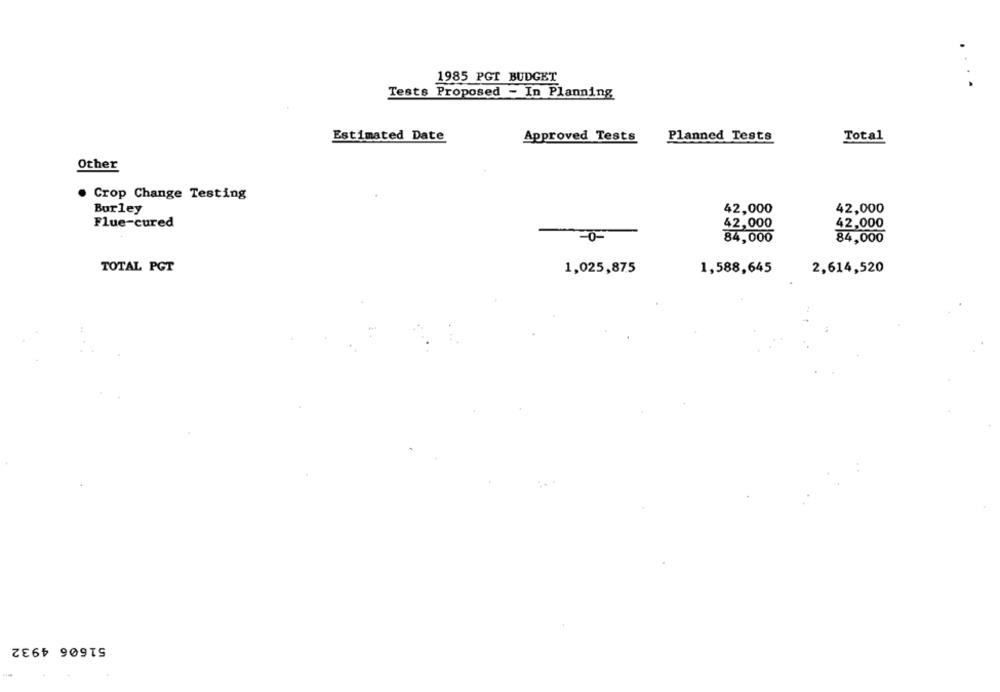
1985 PGT BUDGET
..
Tests Proposed - In Planning
Estimated Date
Approved Tests
Planned Tests
Total
Other
. Crop Change Testing
Burley
42,000
42,000
Flue-cured
42,000
42,000
84,000
84,000
TOTAL PGT
1,025,875
1,588,645
2,614,520
51606 4932
-